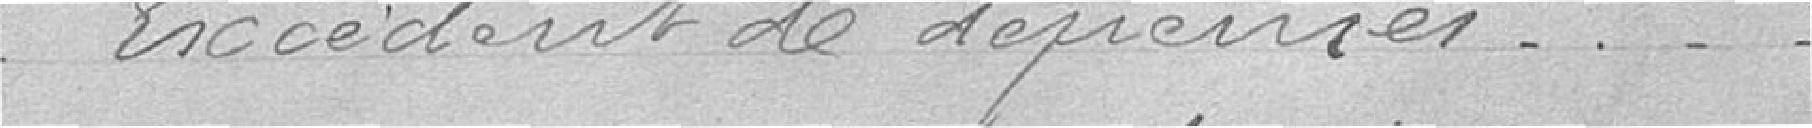
Excédent de dépenses